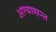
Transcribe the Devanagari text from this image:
अत्यासन्ऩ